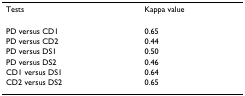
<table><thead><tr><td><b>Tests</b></td><td><b>Kappa value</b></td></tr></thead><tbody><tr><td>PD versus CD1</td><td>0.65</td></tr><tr><td>PD versus CD2</td><td>0.44</td></tr><tr><td>PD versus DS1</td><td>0.50</td></tr><tr><td>PD versus DS2</td><td>0.46</td></tr><tr><td>CD1 versus DS1</td><td>0.64</td></tr><tr><td>CD2 versus DS2</td><td>0.65</td></tr></tbody></table>